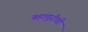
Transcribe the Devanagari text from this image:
बहादुरीची